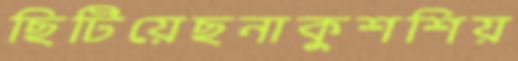
ছিটিয়েছনাকুশশিয়